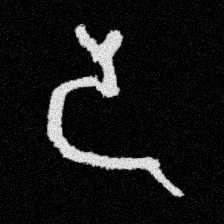
Pyu character \u2014 Myanmar letter: ဒ (romanized: da)